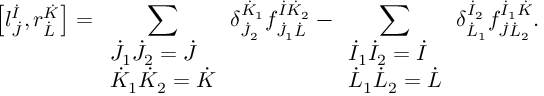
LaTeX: \left[ l _ { \dot { J } } ^ { \dot { I } } , r _ { \dot { L } } ^ { \dot { K } } \right] = \sum _ { \begin{array} { l } { { \dot { J } _ { 1 } \dot { J } _ { 2 } = \dot { J } } } \\ { { \dot { K } _ { 1 } \dot { K } _ { 2 } = \dot { K } } } \end{array} } \delta _ { \dot { J } _ { 2 } } ^ { \dot { K } _ { 1 } } f _ { \dot { J } _ { 1 } \dot { L } } ^ { \dot { I } \dot { K } _ { 2 } } - \sum _ { \begin{array} { l } { { \dot { I } _ { 1 } \dot { I } _ { 2 } = \dot { I } } } \\ { { \dot { L } _ { 1 } \dot { L } _ { 2 } = \dot { L } } } \end{array} } \delta _ { \dot { L } _ { 1 } } ^ { \dot { I } _ { 2 } } f _ { \dot { J } \dot { L } _ { 2 } } ^ { \dot { I } _ { 1 } \dot { K } } .